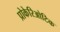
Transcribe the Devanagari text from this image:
प्रोकेरिओटिक